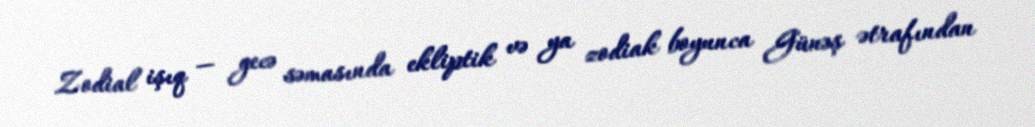
Zodial işıq — gecə səmasında ekliptik və ya zodiak boyunca Günəş ətrafından